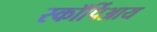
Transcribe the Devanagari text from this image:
स्कॉर्पिआय